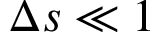
\Delta s \ll 1